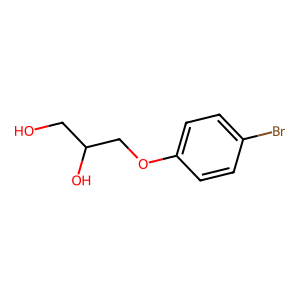
SMILES: OCC(O)COc1ccc(Br)cc1
Inhibits HIV replication: No